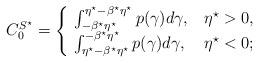
LaTeX: \begin{align*}C_0^{S^{\star}}=\begin{cases}\,\,\int_{-\beta^{\star}\eta^{\star}}^{\eta^{\star}-\beta^{\star}\eta^{\star}}{p(\gamma)d\gamma}, & \eta^{\star} > 0, \\\,\,\int_{\eta^{\star}-\beta^{\star}\eta^{\star}}^{-\beta^{\star}\eta^{\star}}{p(\gamma)d\gamma}, & \eta^{\star} < 0;\end{cases}\end{align*}